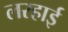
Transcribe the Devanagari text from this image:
लरहाई